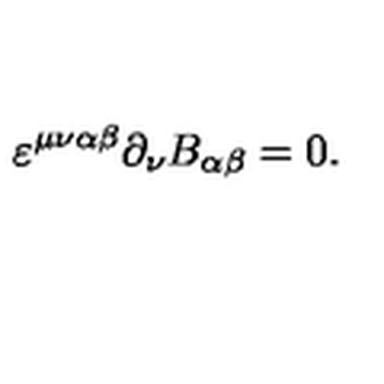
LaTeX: \varepsilon ^ { \mu \nu \alpha \beta } \partial _ { \nu } B _ { \alpha \beta } = 0 .